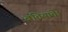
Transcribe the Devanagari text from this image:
बतियाते।